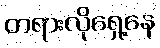
တရားလိုရှေ့နေ